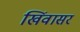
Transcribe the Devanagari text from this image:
खिंवासर